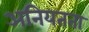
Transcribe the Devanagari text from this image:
अनियतता